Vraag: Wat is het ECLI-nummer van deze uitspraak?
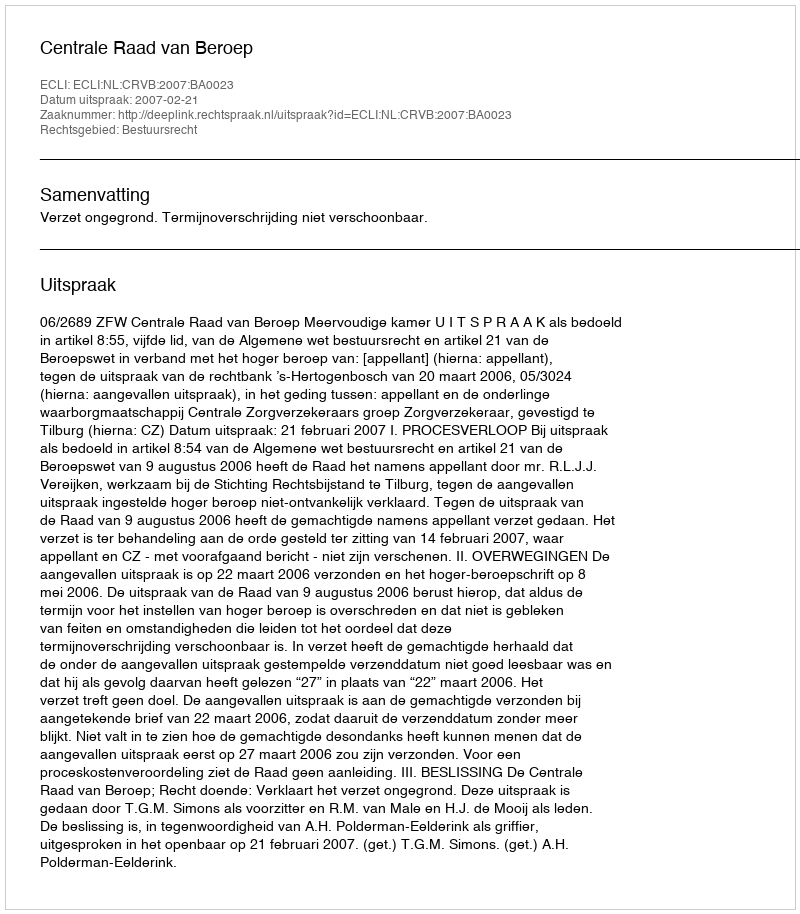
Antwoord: ECLI:NL:CRVB:2007:BA0023